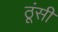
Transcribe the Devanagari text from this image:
ठूंसी